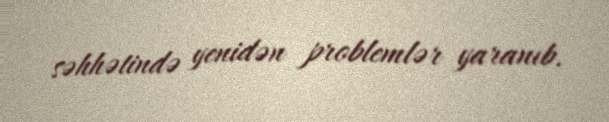
səhhətində yenidən problemlər yaranıb.